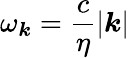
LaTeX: \omega_{\boldsymbol{k}}=\frac{c}{\eta}|{\boldsymbol{k}}|